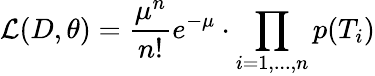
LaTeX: \mathcal{L}(D,\theta)=\frac{\mu^{n}}{n!}e^{-\mu}\cdot\prod_{i=1,...,n}p(T_{i})